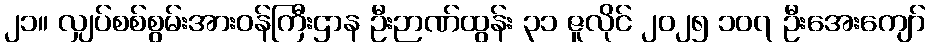
၂၁။ လျှပ်စစ်စွမ်းအားဝန်ကြီးဌာန ဦးဉာဏ်ထွန်း ၃၁ ဇူလိုင် ၂၀၂၅ ၁၀၇ ဦးအေးကျော်